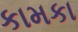
કામકા